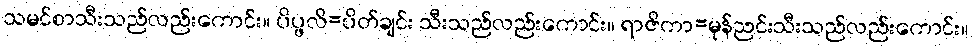
သမင်စာသီးသည်လည်းကောင်း။ ပိပ္ဖလိ=ပိတ်ချင်း သီးသည်လည်းကောင်း။ ရာဇိကာ=မုန်ညင်းသီးသည်လည်းကောင်း။